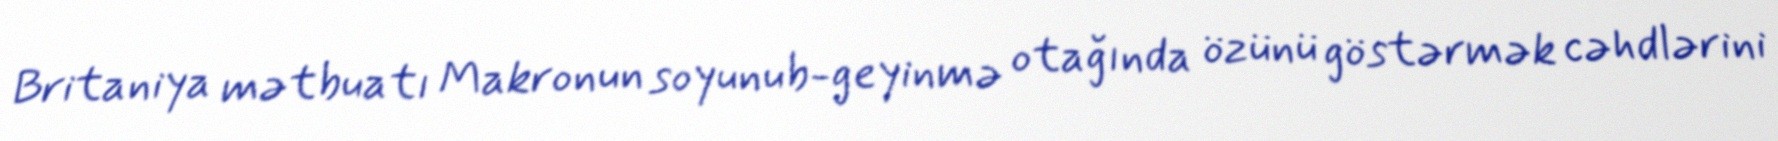
Britaniya mətbuatı Makronun soyunub-geyinmə otağında özünü göstərmək cəhdlərini